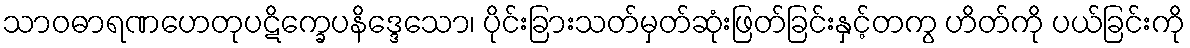
သာဝဓာရဏဟေတုပဋိက္ခေပနိဒ္ဒေသော၊ ပိုင်းခြားသတ်မှတ်ဆုံးဖြတ်ခြင်းနှင့်တကွ ဟိတ်ကို ပယ်ခြင်းကို